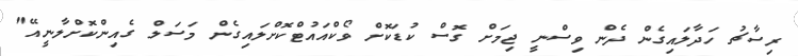
ރިސާޗު ހަދާލައިގެން ދެން ވިސްނީ ޖިމަށް ގޮސް ކުޑަކޮށް ވޯކްއައުޓްކޮށްލައިގެން މަސަލް ގެއިންކޮށްލާނީއޭ"